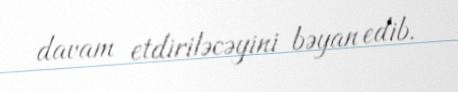
davam etdiriləcəyini bəyan edib.